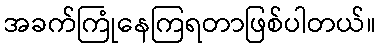
အခက်ကြုံနေကြရတာဖြစ်ပါတယ်။